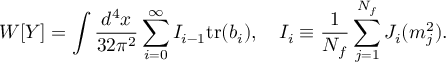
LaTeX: W [ Y ] = \int \frac { d ^ { 4 } x } { 3 2 \pi ^ { 2 } } \sum _ { i = 0 } ^ { \infty } I _ { i - 1 } \mathrm { t r } ( b _ { i } ) , \quad I _ { i } \equiv \frac { 1 } { N _ { f } } \sum _ { j = 1 } ^ { N _ { f } } J _ { i } ( m _ { j } ^ { 2 } ) .